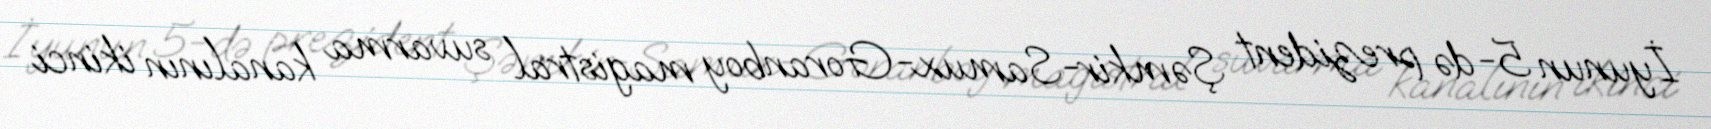
İyunun 5-də prezident Şəmkir-Samux-Goranboy magistral suvarma kanalının ikinci